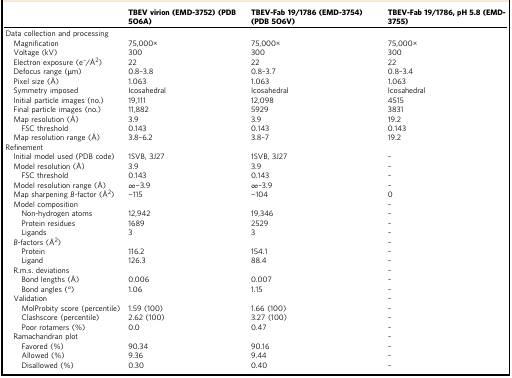
<table><thead><tr><td></td><td><b>TBEV virion (EMD-3752) (PDB 5O6A)</b></td><td><b>TBEV-Fab 19/1786 (EMD-3754) (PDB 5O6V)</b></td><td><b>TBEV-Fab 19/1786, pH 5.8 (EMD-3755)</b></td></tr></thead><tbody><tr><td colspan="4">Data collection and processing</td></tr><tr><td> Magnification</td><td>75,000×</td><td>75,000×</td><td>75,000×</td></tr><tr><td> Voltage (kV)</td><td>300</td><td>300</td><td>300</td></tr><tr><td> Electron exposure (e<sup>–</sup>/Å<sup>2</sup>)</td><td>22</td><td>22</td><td>22</td></tr><tr><td> Defocus range (μm)</td><td>0.8–3.8</td><td>0.8–3.7</td><td>0.8–3.4</td></tr><tr><td> Pixel size (Å)</td><td>1.063</td><td>1.063</td><td>1.063</td></tr><tr><td> Symmetry imposed</td><td>Icosahedral</td><td>Icosahedral</td><td>Icosahedral</td></tr><tr><td> Initial particle images (no.)</td><td>19,111</td><td>12,098</td><td>4515</td></tr><tr><td> Final particle images (no.)</td><td>11,882</td><td>5929</td><td>3831</td></tr><tr><td> Map resolution (Å)</td><td>3.9</td><td>3.9</td><td>19.2</td></tr><tr><td>FSC threshold</td><td>0.143</td><td>0.143</td><td>0.143</td></tr><tr><td> Map resolution range (Å)</td><td>3.8–6.2</td><td>3.8–7</td><td>19.2</td></tr><tr><td colspan="4">Refinement</td></tr><tr><td> Initial model used (PDB code)</td><td>1SVB, 3J27</td><td>1SVB, 3J27</td><td>–</td></tr><tr><td> Model resolution (Å)</td><td>3.9</td><td>3.9</td><td>–</td></tr><tr><td>FSC threshold</td><td>0.143</td><td>0.143</td><td>–</td></tr><tr><td> Model resolution range (Å)</td><td>∞−3.9</td><td>∞–3.9</td><td>–</td></tr><tr><td> Map sharpening <i>B-</i>factor (Å<sup>2</sup>)</td><td>−115</td><td>−104</td><td>0</td></tr><tr><td> Model composition</td><td></td><td></td><td>–</td></tr><tr><td>Non-hydrogen atoms</td><td>12,942</td><td>19,346</td><td>–</td></tr><tr><td>Protein residues</td><td>1689</td><td>2529</td><td>–</td></tr><tr><td>Ligands</td><td>3</td><td>3</td><td>–</td></tr><tr><td><i> B</i>-factors (Å<sup>2</sup>)</td><td></td><td></td><td>–</td></tr><tr><td>Protein</td><td>116.2</td><td>154.1</td><td>–</td></tr><tr><td>Ligand</td><td>126.3</td><td>88.4</td><td>–</td></tr><tr><td> R.m.s. deviations</td><td></td><td></td><td>–</td></tr><tr><td>Bond lengths (Å)</td><td>0.006</td><td>0.007</td><td>–</td></tr><tr><td>Bond angles (°)</td><td>1.06</td><td>1.15</td><td>–</td></tr><tr><td> Validation</td><td></td><td></td><td>–</td></tr><tr><td>MolProbity score (percentile)</td><td>1.59 (100)</td><td>1.66 (100)</td><td>–</td></tr><tr><td>Clashscore (percentile)</td><td>2.62 (100)</td><td>3.27 (100)</td><td>–</td></tr><tr><td>Poor rotamers (%)</td><td>0.0</td><td>0.47</td><td>–</td></tr><tr><td> Ramachandran plot</td><td></td><td></td><td>–</td></tr><tr><td>Favored (%)</td><td>90.34</td><td>90.16</td><td>–</td></tr><tr><td>Allowed (%)</td><td>9.36</td><td>9.44</td><td>–</td></tr><tr><td>Disallowed (%)</td><td>0.30</td><td>0.40</td><td>–</td></tr></tbody></table>